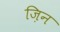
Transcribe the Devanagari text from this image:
ज़िन